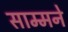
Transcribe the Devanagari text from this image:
साम्मने